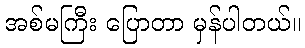
အစ်မကြီး ပြောတာ မှန်ပါတယ်။